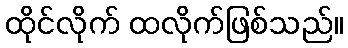
ထိုင်လိုက် ထလိုက်ဖြစ်သည်။